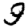
Digit: 9